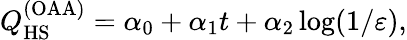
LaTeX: Q_{\mathrm{HS}}^{(\mathrm{OAA})}=\alpha_{0}+\alpha_{1}t+\alpha_{2}\log(1/\varepsilon),